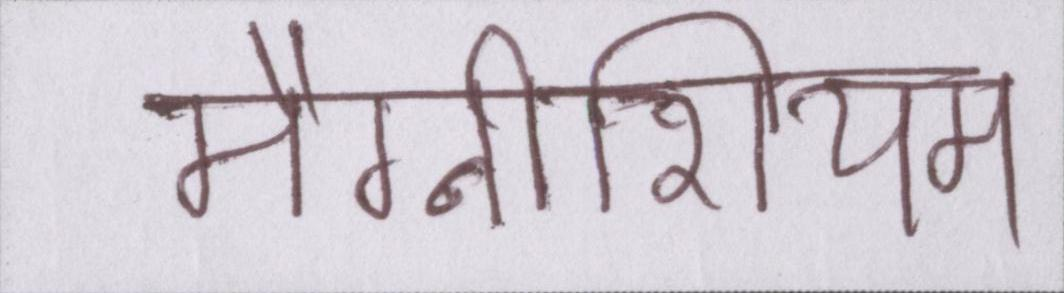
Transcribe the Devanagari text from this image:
मैग्नीशियम